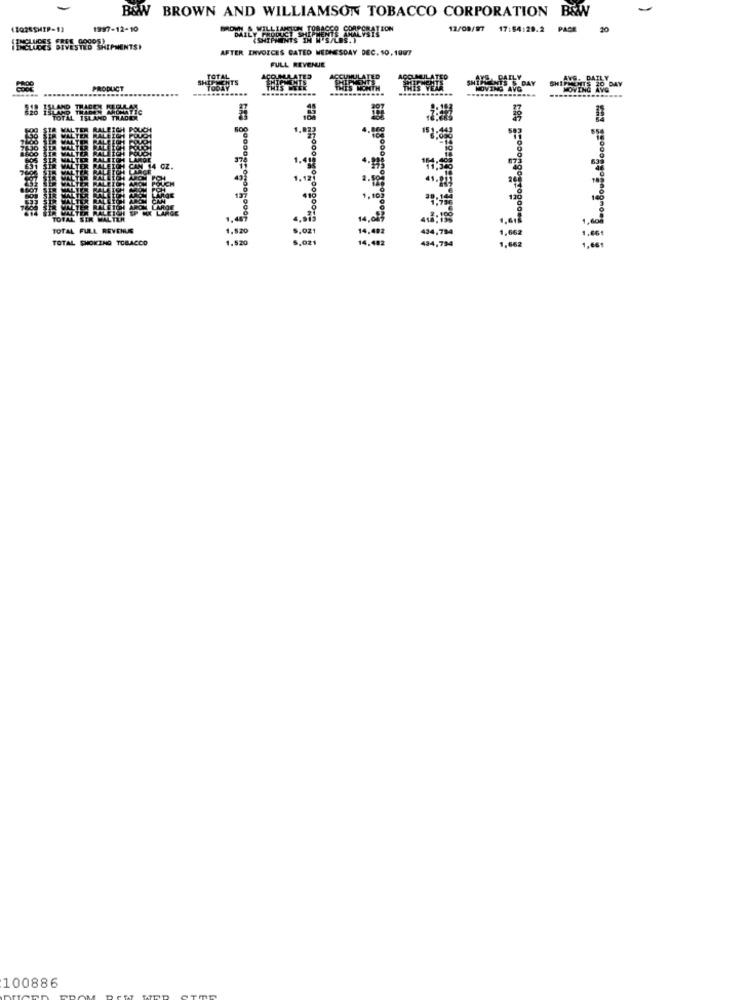
B&W BROWN AND WILLIAMSON TOBACCO CORPORATION B&W
1997-12-10
12/09/97
17:54:28.2
PAGE
20
AFTER INVOICES GATED WEDNESDAY DEC. 10,1897
FULL REVENUE
DOUCT
MONTH
NO
SIR WALTER
500
374
14 CZ.
2.50
13
ooggogoog
1,109
12
LARGE
TOTAL SIR WALTER
TOTAL FULL REVENUS
1,820
TOTAL SMOKING TOBACCO
1.520
8.021
5.021
14.082
1,00
100886